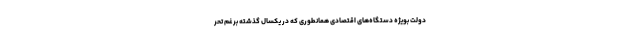
دولت بویژه دستگاه‌های اقتصادی همانطوری که در یکسال گذشته برغم تحر